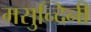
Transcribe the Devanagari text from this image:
मसुन्दिनी